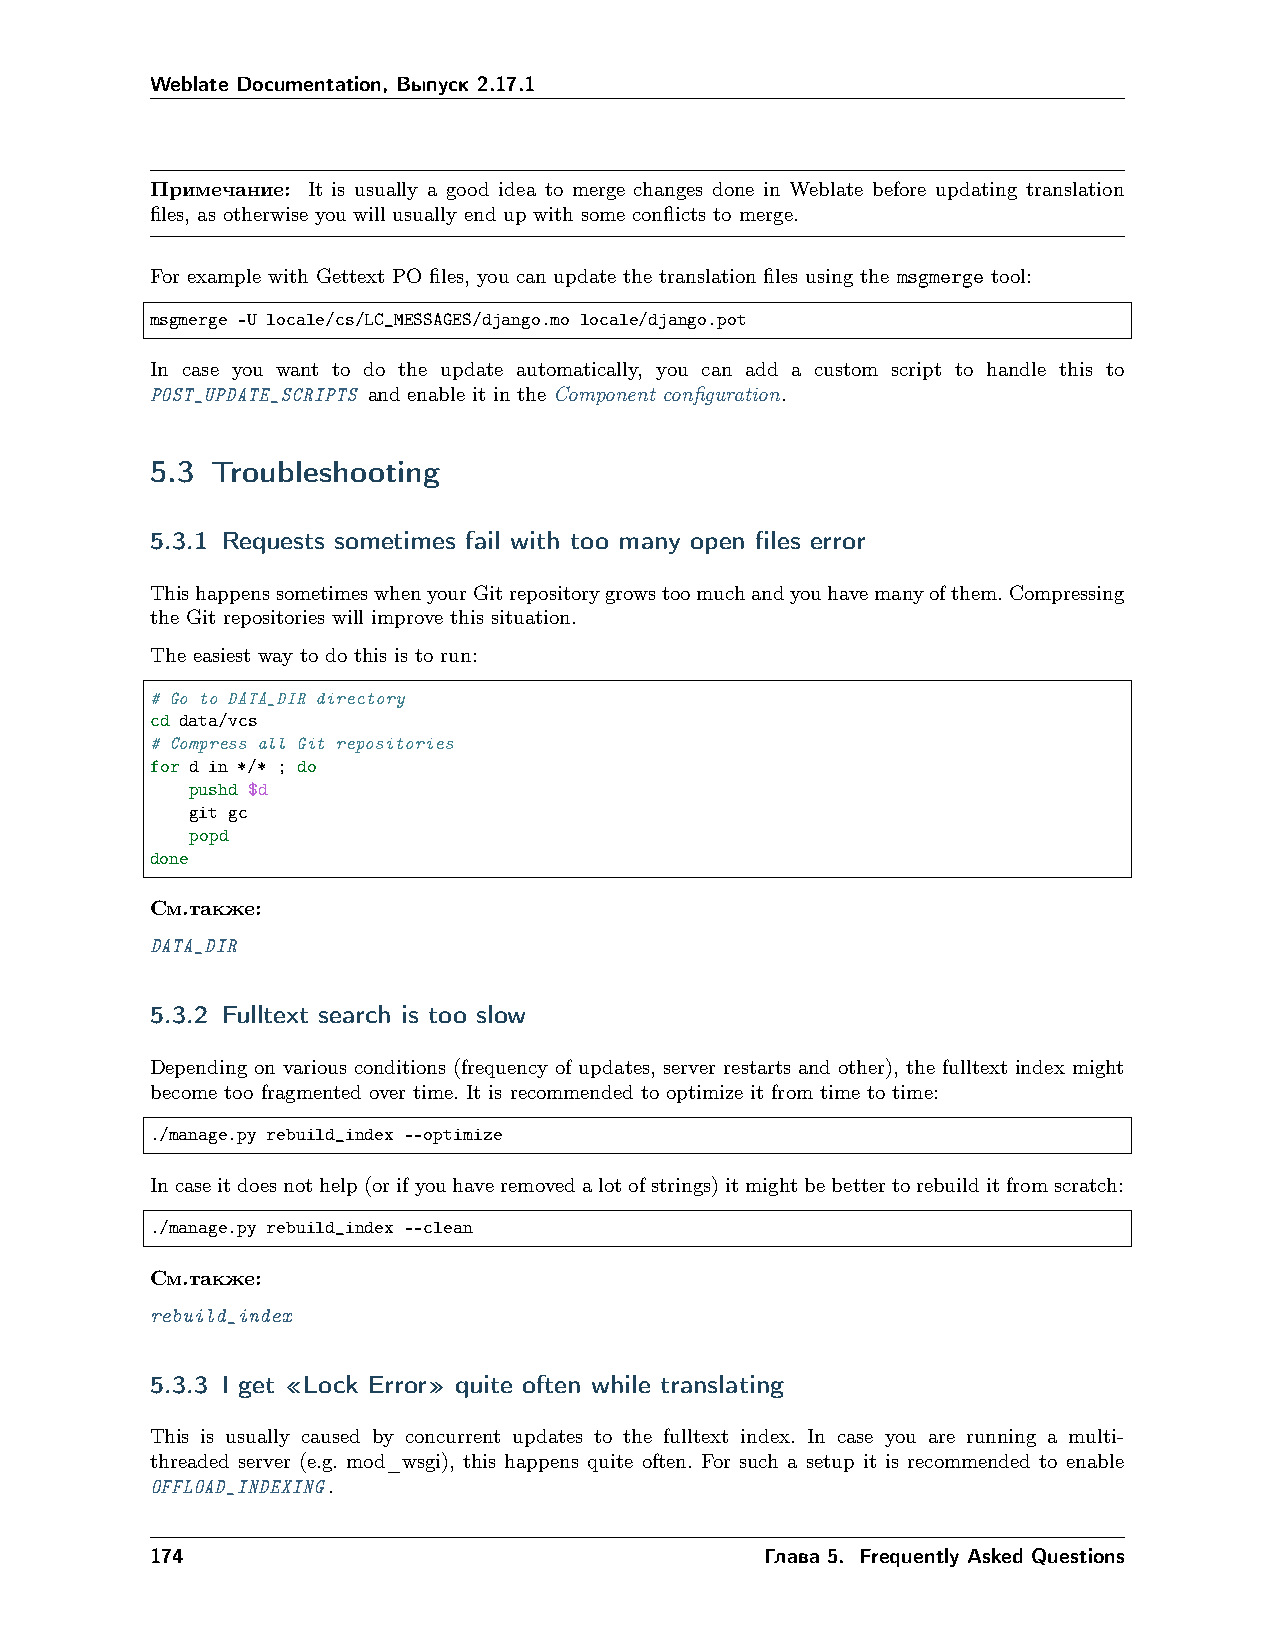
Weblate Documentation, Выпуск 2.17.1
 Примечание: It is usually a good idea to merge changes done in Weblate before updating translation
 files, as otherwise you will usually end up with some conflicts to merge.
 For example with Gettext PO files, you can update the translation files using the msgmerge tool:
 msgmerge -U locale/cs/LC_MESSAGES/django.mo locale/django.pot
 In case you want to do the update automatically, you can add a custom script to handle this to
 POST_UPDATE_SCRIPTS and enable it in the Component configuration.
 5.3 Troubleshooting
 5.3.1 Requests sometimes fail with too many open files error
 ThishappenssometimeswhenyourGitrepositorygrowstoomuchandyouhavemanyofthem.Compressing
 the Git repositories will improve this situation.
 The easiest way to do this is to run:
 # Go to DATA_DIR directory
 cd data/vcs
 # Compress all Git repositories
 for d in */* ; do
 pushd $d
 git gc
 popd
 done
 См.также:
 DATA_DIR
 5.3.2 Fulltext search is too slow
 Depending on various conditions (frequency of updates, server restarts and other), the fulltext index might
 become too fragmented over time. It is recommended to optimize it from time to time:
 ./manage.py rebuild_index --optimize
 Incaseitdoesnothelp(orifyouhaveremovedalotofstrings)itmightbebettertorebuilditfromscratch:
 ./manage.py rebuild_index --clean
 См.также:
 rebuild_index
 5.3.3 I get «Lock Error» quite often while translating
 This is usually caused by concurrent updates to the fulltext index. In case you are running a multi-
 threaded server (e.g. mod_wsgi), this happens quite often. For such a setup it is recommended to enable
 OFFLOAD_INDEXING.
 174                                      Глава 5. Frequently Asked Questions